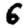
Digit: 6